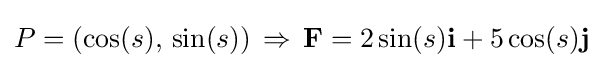
P=(\cos(s),\,\sin(s))\,\Rightarrow \,\mathbf {F} =2\sin(s)\mathbf {i} +5\cos(s)\mathbf {j}